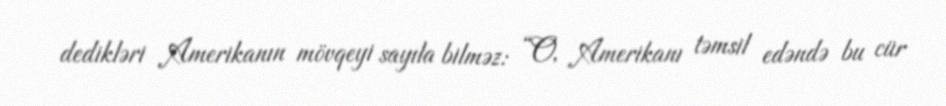
dedikləri Amerikanın mövqeyi sayıla bilməz: “O, Amerikanı təmsil edəndə bu cür